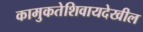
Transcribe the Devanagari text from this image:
कामुकतेशिवायदेखील